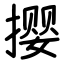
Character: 撄